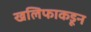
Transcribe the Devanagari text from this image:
खलिफाकडून